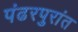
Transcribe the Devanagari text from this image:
पंढरपुरांत